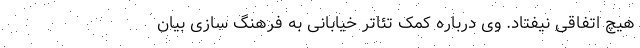
هیچ اتفاقی نیفتاد. وی درباره کمک تئاتر خیابانی به فرهنگ سازی بیان